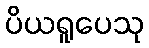
ပိယရူပေသု